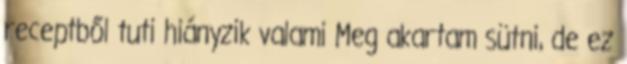
receptből tuti hiányzik valami Meg akartam sütni, de ez